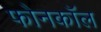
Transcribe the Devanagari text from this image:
फोनकाॅल